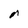
Character: n